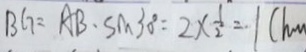
B G = A B \cdot S M 3 0 ^ { \circ } ) = 2 \times \frac { 1 } { 2 } = 1 ( h _ { m }